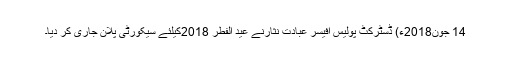
14 جون2018ء) ڈسٹرکٹ پولیس آفیسر عبادت نثارنے عید الفطر 2018کیلئے سیکورٹی پلان جاری کر دیا۔